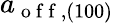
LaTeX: a_{\mathrm{~o~f~f~},(100)}